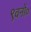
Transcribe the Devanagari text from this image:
९वनों०